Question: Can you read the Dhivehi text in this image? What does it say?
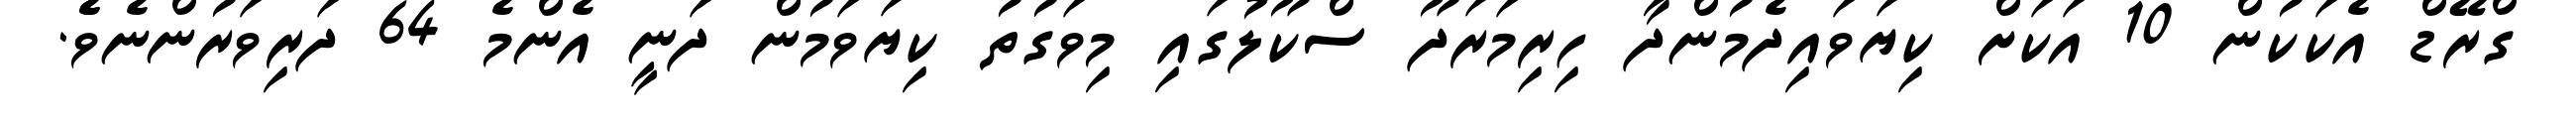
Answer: ގްރޭޑް އެކަކުން 10 އަކަށް ކިޔަވައިދެމުންދާ ހިރިމަރަދޫ ސްކޫލުގައި މިވަގުތު ކިޔަވަމުން ދަނީ އެންމެ 64 ދަރިވަރުންނެވެެ.